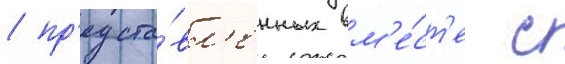
/ пр'едста́вл'енных вм'е́ст'е с